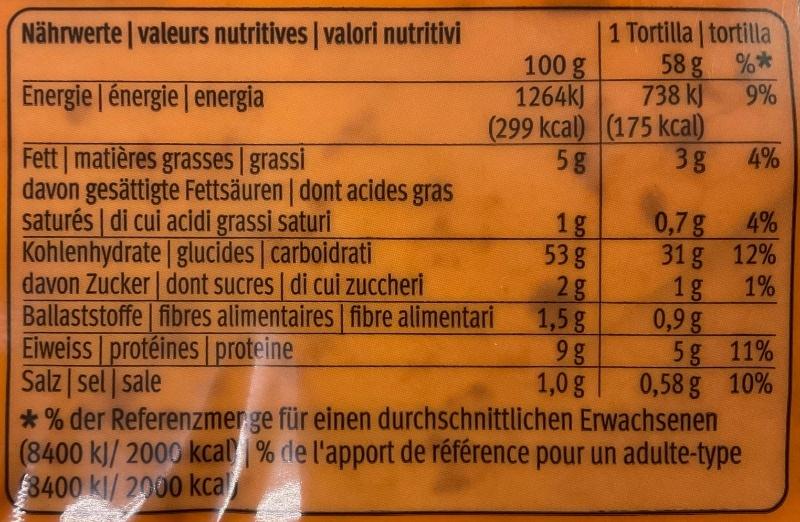
Nährwerte | valeurs nutritives | valori nutritivi
Energie énergie | energia
Fett matières grasses | grassi
davon gesättigte Fettsäuren | dont acides gras saturés | di cui acidi grassi saturi Kohlenhydrate | glucides | carboidrati
davon Zucker| dont sucres | di cui zuccheri
Ballaststoffe fibres alimentaires | fibre alimentari
Eiweiss protéines proteine Salz sel sale
100 g
1264kJ
(299 kcal)
5g
1g
sa sasa sasa
53 g
2 g
1,5 g
9 g 1,0 g
1 Tortilla | tortilla
58 g
%*
738 kJ
9%
(175 kcal)
3g
0,7 g
31 g
1g
0,9 g
5g
0,58 g
4%
4%
12%
1%
11%
10%
*% der Referenzmer ge für einen durchschnittlichen Erwachsenen (8400 kJ/ 2000 kcal % de l'apport de référence pour un adulte-type 8400 kJ/ 2000 kcal